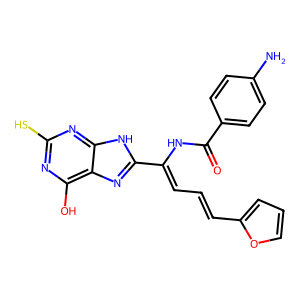
SMILES: Nc1ccc(C(=O)NC(=CC=Cc2ccco2)c2nc3c(O)nc(S)nc3[nH]2)cc1
Inhibits HIV replication: No